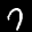
Label: 7